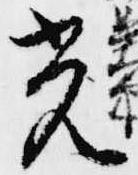
光